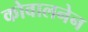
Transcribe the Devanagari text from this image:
कोवालनेन